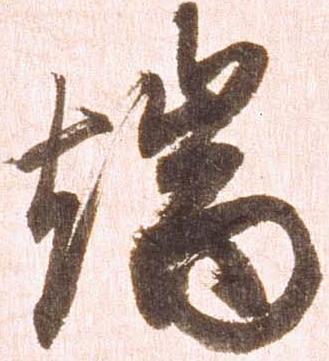
端